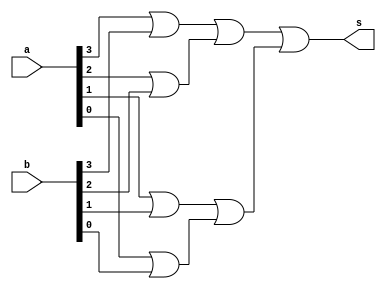
//Exemplo0031
//Nome: Eduardo Botelho

//f4_Gate

module f4 (output  s, input [3:0] a, input [3:0] b);

//descrever por portas
//(ab) + (a+b) ser o equivalente a uma porta OR
// necessrio que haja comparaao de bit a bit para se obter a resposta correta

//variveis locais
	wire s1;
	wire s2;
	wire s3;
	wire s4;
	wire s5;
	wire s6;
	
	or (s1, a[3],b[3]);
	or (s2, a[2],b[2]);
	or (s3, a[1],b[1]);
	or (s4, a[0],b[0]);
	or (s5, s1, s2);
	or (s6, s3, s4);
	or (s, s5, s6);

endmodule

//modulo de testes
module test_f4;
	reg [3:0] x;
	reg [3:0] y;
	wire z;
	
	f4 LU (z,x,y);
	//parte principal
	initial begin
	$display("Exemplo0031 - Eduardo Botelho - 427395");
	$display("Test LU's Module");
	
	x = 4'b0000; y = 4'b0000;
	
	
	//projetar testes do modulo
	
	$monitor ("%3b %3b %3b",x,y,z);
	
	#1 x=4'b0000; y=4'b0001;
	#1 x=4'b0000; y=4'b0010;
	#1 x=4'b0000; y=4'b0011;
	#1 x=4'b0000; y=4'b0100;
	#1 x=4'b0000; y=4'b0101;
	#1 x=4'b0000; y=4'b0110;
	#1 x=4'b0000; y=4'b0111;
	#1 x=4'b0000; y=4'b1000;
	#1 x=4'b0000; y=4'b1001;
	#1 x=4'b0000; y=4'b1010;
	#1 x=4'b0000; y=4'b1011;
	#1 x=4'b0000; y=4'b1100;
	#1 x=4'b0000; y=4'b1101;
	#1 x=4'b0000; y=4'b1110;
	#1 x=4'b0000; y=4'b1111;
	
	//qualquer valor diferente de x=0000, y=0000, dar resultado 1
	end
endmodule